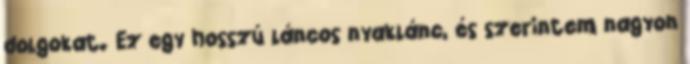
dolgokat. Ez egy hosszú láncos nyaklánc, és szerintem nagyon